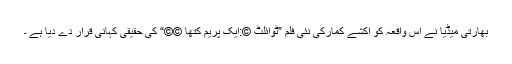
بھارتی میڈیا نے اس واقعہ کو اکشے کمارکی نئی فلم ”ٹوائلٹ ©:ایک پریم کتھا ©©“ کی حقیقی کہانی قرار دے دیا ہے ۔